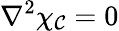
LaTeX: \nabla^{2}\chi_{\mathcal{C}}=0